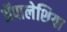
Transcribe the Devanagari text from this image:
ॲपालेशिया